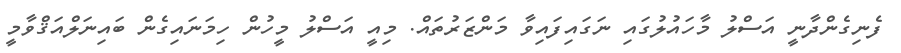
ފެނިގެންދާނީ އަސްލު މާހައުލުގައި ނަގައިފައިވާ މަންޒަރުތައް. މިއީ އަސްލު މީހުން ހިމަނައިގެން ބައިނަލްއަޤްވާމީ